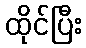
ထိုင်ပြီး